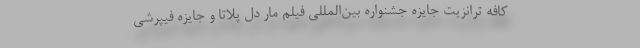
کافه ترانزیت جایزه جشنواره بین‌المللی فیلم مار دل پلاتا و جایزه فیپرشی